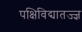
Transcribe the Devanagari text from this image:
पक्षिविद्यातज्‍ज्ञ